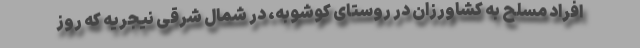
افراد مسلح به کشاورزان در روستای کوشوبه، در شمال شرقی نیجریه که روز